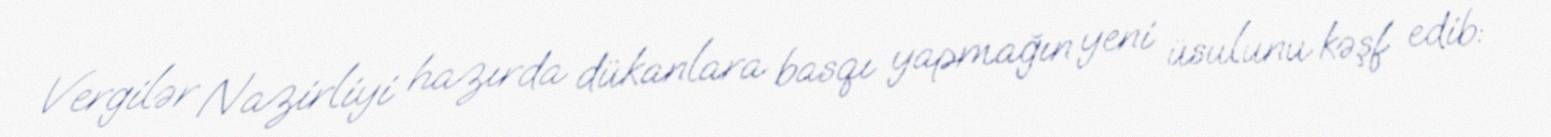
Vergilər Nazirliyi hazırda dükanlara basqı yapmağın yeni üsulunu kəşf edib: